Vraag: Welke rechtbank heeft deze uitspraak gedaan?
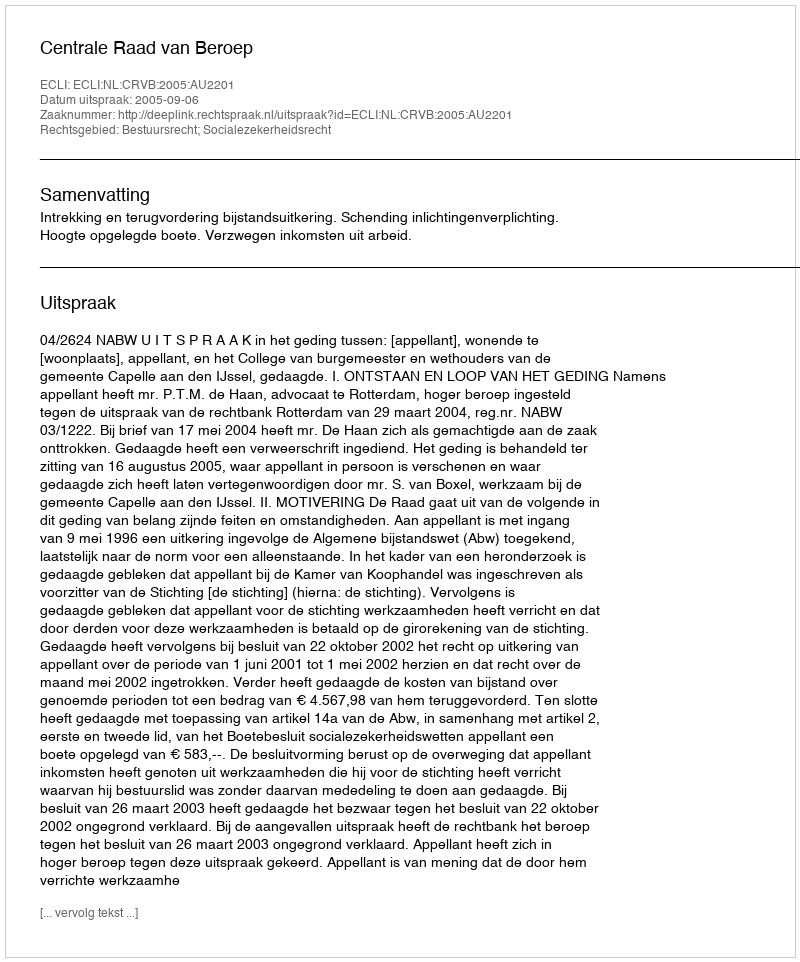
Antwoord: Centrale Raad van Beroep